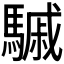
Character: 𩥼